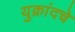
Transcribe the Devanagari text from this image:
युक्रांदचे